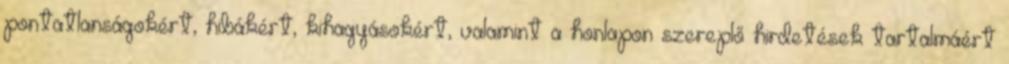
pontatlanságokért, hibákért, kihagyásokért, valamint a honlapon szereplő hirdetések tartalmáért